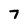
Character: 7